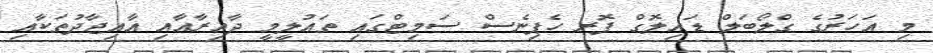
މި އަހަރުގެ ގްލޯބަލް ޑައިލޮގް ފޮރ ހެޕިނެސް ސަމިޓްގައި ތައުލީމީ ދާއިރާއާއި އާއިޖާދުތަކާއި